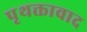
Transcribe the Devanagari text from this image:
पृथक्तावाद